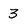
Character: 3